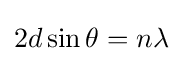
2d\sin \theta =n\lambda